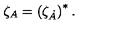
\zeta _ { A } = \left( \zeta _ { \dot { A } } \right) ^ { * } .